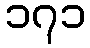
၁၇၁